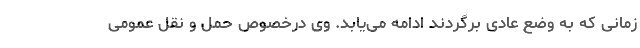
زمانی که به وضع عادی برگردند ادامه می‌یابد. وی درخصوص حمل و نقل عمومی